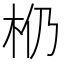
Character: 𰗗